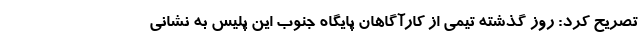
تصریح کرد: روز گذشته تیمی از کارآگاهان پایگاه جنوب این پلیس به نشانی